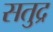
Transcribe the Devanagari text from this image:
सतुद्र